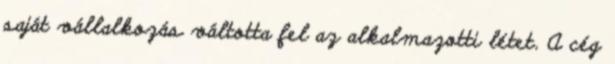
saját vállalkozás váltotta fel az alkalmazotti létet. A cég